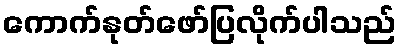
ကောက်နုတ်ဖော်ပြလိုက်ပါသည်